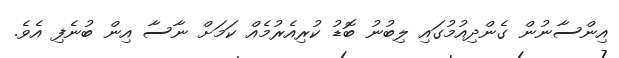
އިންސާނުން ގެންދިއުމުގައި ލިބުނު ބޮޑު ކުރިއެރުމެއް ކަމަށް ނާސާ އިން ބުނެފި އެވެ.